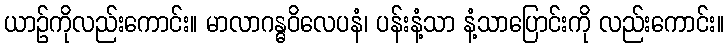
ယာဉ်ကိုလည်းကောင်း။ မာလာဂန္ဓဝိလေပနံ၊ ပန်းနံ့သာ နံ့သာပြောင်းကို လည်းကောင်း။